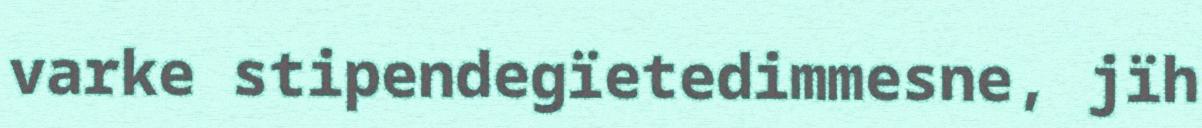
varke stipendegïetedimmesne, jïh